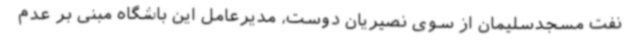
نفت مسجدسلیمان از سوی نصیریان دوست، مدیرعامل این باشگاه مبنی بر عدم